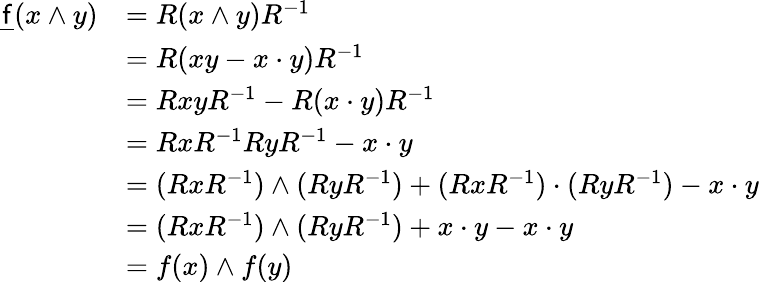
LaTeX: {\begin{array}{rl}{{\underline{{\mathsf{f}}}}(x\wedge y)}&{=R(x\wedge y)R^{-1}}\\ &{=R(xy-x\cdot y)R^{-1}}\\ &{=RxyR^{-1}-R(x\cdot y)R^{-1}}\\ &{=RxR^{-1}RyR^{-1}-x\cdot y}\\ &{=(RxR^{-1})\wedge(RyR^{-1})+(RxR^{-1})\cdot(RyR^{-1})-x\cdot y}\\ &{=(RxR^{-1})\wedge(RyR^{-1})+x\cdot y-x\cdot y}\\ &{=f(x)\wedge f(y)}\end{array}}